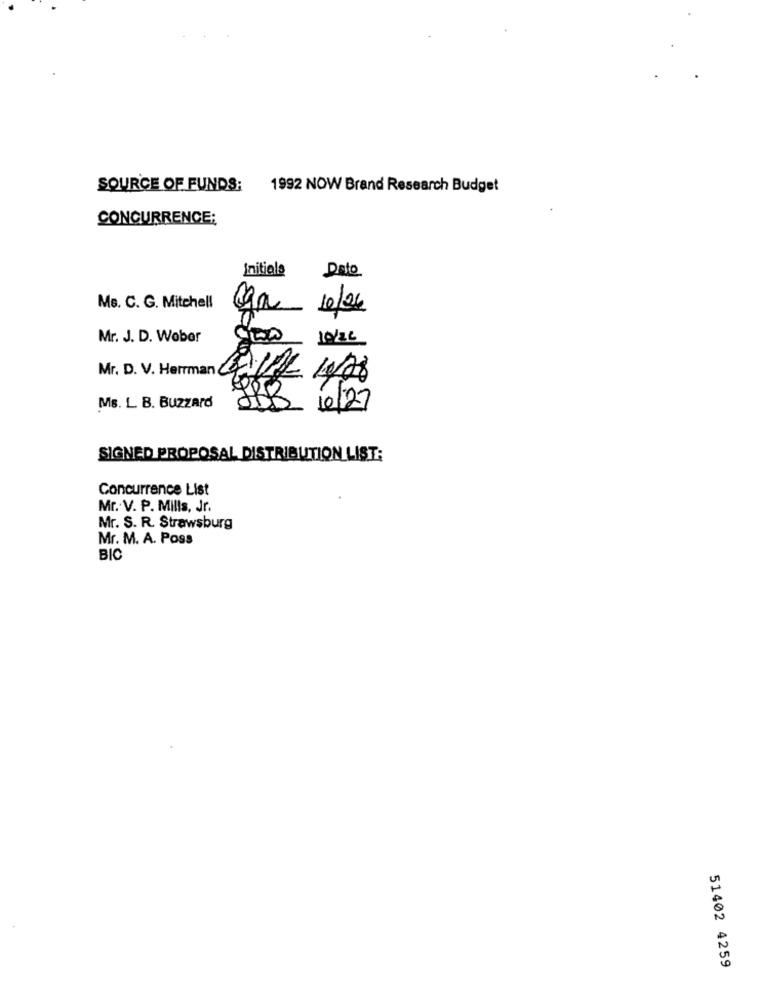
SOURCE OF FUNDS;
1992 NOW Brand Research Budget
CONCURRENCE:
Dato
Initiale
5
Ms. C. G. Mitchell
10/24
Mr. J. D. Wobar
10/26
Mr. D. V. Herrman GALBe 1/28
Ms. L. B. Buzzard
2/3 /6/27
SIGNED PROPOSAL DISTRIBUTION LIST:
Concurrence List
Mr. V. P. Mills, Jr.
Mr. S. R. Strawsburg
Mr. M. A. Poss
BIC
51402 4259